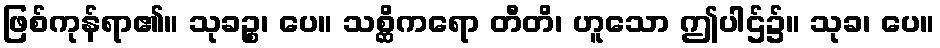
ဖြစ်ကုန်ရာ၏။ သုခဉ္စ၊ ပေ။ သစ္ဆိကရော တီတိ၊ ဟူသော ဤပါဌ်၌။ သုခ၊ ပေ။